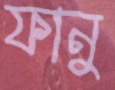
ফানু